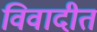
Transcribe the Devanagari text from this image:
विवादीत